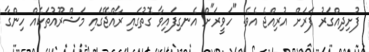
ފުށިދިއްގަރު ފަރަށް އުރިއްޖެ އެވެ. "ހަވީރަ"ށް އެނގިފައިވާ ގޮތުގައި ރާއްޖޭގައި މަޝްރޫއުތަކެއް ހިންގާ